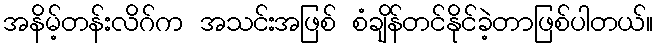
အနိမ့်တန်းလိဂ်က အသင်းအဖြစ် စံချိန်တင်နိုင်ခဲ့တာဖြစ်ပါတယ်။